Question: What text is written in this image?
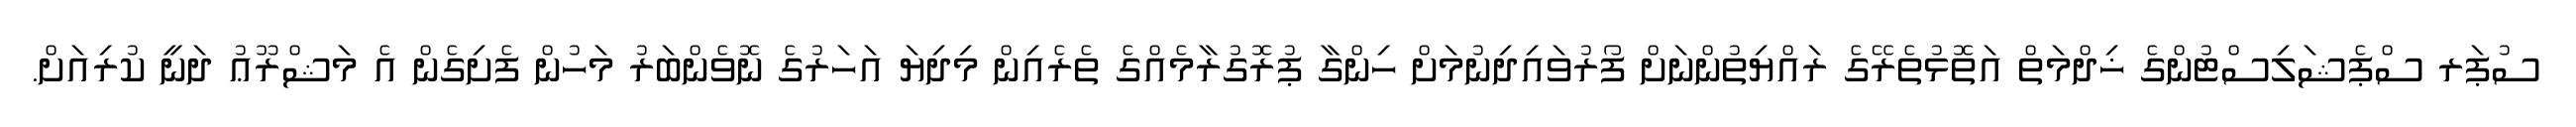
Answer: ސުޕަރ ސްޕެޝަލިސްޓުންގެ ޚިދްމަތް އަތޮޅުތެރޭގެ ރައްޔިތުންނަށް ފޯރުވައިދިނުމަށް ހިންގާ ޕުރޮގުރާމެއްގެ ތެރެއިން މިދިޔަ އަހަރުގެ ނޮވެންބަރު މަހުން ފެށިގެން އެ މަޝްރޫޢު ދަނީ ކުރިއަށް.